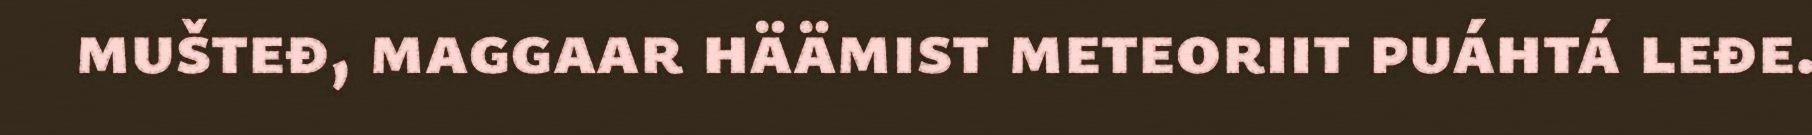
mušteđ, maggaar häämist meteoriit puáhtá leđe.